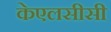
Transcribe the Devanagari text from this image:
केएलसीसी